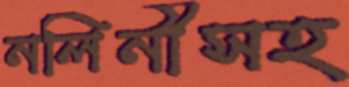
নলিনীসহ